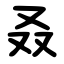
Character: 叒